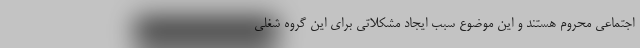
اجتماعی محروم هستند و این موضوع سبب ایجاد مشکلاتی برای این گروه شغلی